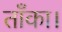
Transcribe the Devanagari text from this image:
ताँका।